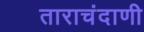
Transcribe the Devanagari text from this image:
ताराचंदाणी